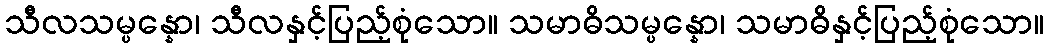
သီလသမ္ပန္နော၊ သီလနှင့်ပြည့်စုံသော။ သမာဓိသမ္ပန္နော၊ သမာဓိနှင့်ပြည့်စုံသော။